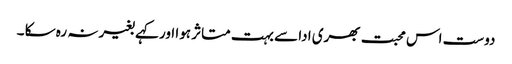
دوست اس محبت بھری ادا سے بہت متاثر ہوا اور کہے بغیر نہ رہ سکا ۔